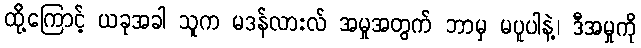
ထို့ကြောင့် ယခုအခါ သူက မဒန်လားလ် အမှုအတွက် ဘာမှ မပူပါနဲ့၊ ဒီအမှုကို